Annual report of the Civil Veterinary Department, Bengal, for the year 1897-98 - 1897-1898
Year: 1897
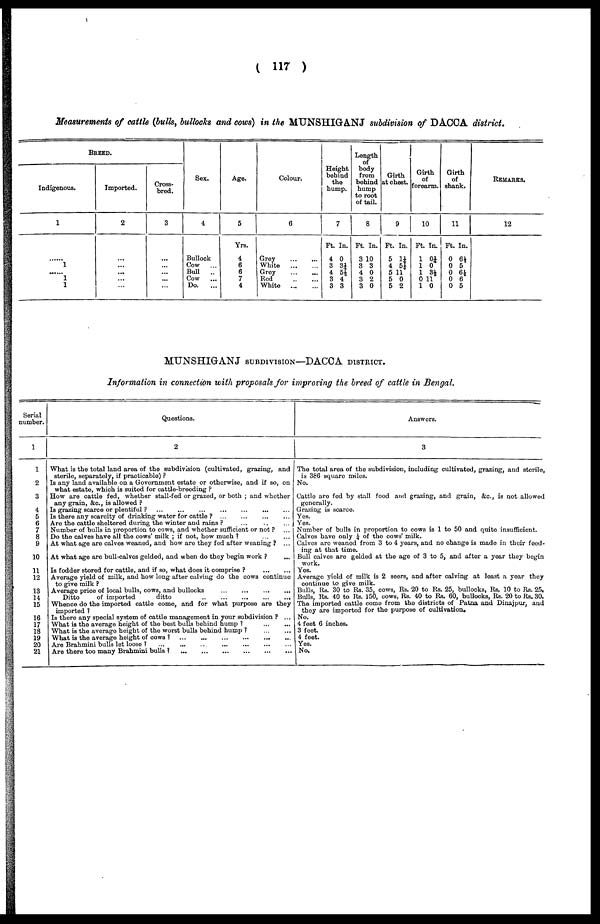
(117)
Measurements of cattle (bulls, bullocks and cows) in the MUNSHIGANJ subdivision of DACCA district.
BREED.
Indigenous.
1
......
1
......
1
1
Imported.
2
...
...
...
...
...
Cross-
bred.
3
...
...
...
...
...
Sex.
4
Bullock
Cow
...
Bull
...
Cow
...
Do. ...
Age.
5
Yrs.
4
6
6
7
4
Colour.
6
Grey ... ...
White
...
...
Grey
...
...
Red
...
...
White
...
...
Height
behind
the
hump.
7
Ft. In.
4 0
3 31/4
4 5½
3 4
3 3
Length
of
body
from
behind
hump
to root
of tail.
8
Ft. In.
3 10
3 3
4 0
3 2
3 0
Girth
at chest.
9
Ft. In.
5 11/4
4 5½
5 11
5 0
5 2
Girth
of
forearm.
10
Ft. In.
1 0½
1 0
1 3½
0 11
1 0
Girth
of
shank.
11
Ft. In.
0 6½
0 5
0 6½
0 6
0 5
REMARKS.
12
MUNSHIGANJ SUBDIVISION—DACCA DISTRICT.
Information in connection with proposals for improving the breed of cattle in Bengal.
Serial
number.
1
1
2
3
4
5
6
7
8
9
10
11
12
13
14
15
16
17
18
19
20
21
Questions.
2
What is the total land area of the subdivision (cultivated, grazing, and
sterile, separately, if practicable)?
Is any land available on a Government estate or otherwise, and if so, on
what estate, which is suited for cattle-breeding?
How are cattle fed, whether stall-fed or grazed, or both; and whether
any grain, &c., is allowed?
Is grazing scarce or plentiful?
...
...
...
...
...
...
...
Is there any scarcity of drinking water for cattle? ... ... ... ...
Are the cattle sheltered during the winter and rains? ... ... ...
Number of bulls in proportion to cows, and whether sufficient or not? ...
Do the calves have all the cows' milk; if not, how much? ... ...
At what age are calves weaned, and how are they fed after weaning? ...
At what age are bull-calvos gelded, and when do they begin work? ...
Is fodder stored for cattle, and if so, what does it comprise?
...
...
Average yield of milk, and how long after calving do the cows continue
to give milk?
Average price of local bulls, cows, and bullocks ... ... ... ...
Ditto
of imported
ditto
...
...
...
...
...
Whence do the imported cattle como, and for what purpose are they
imported?
Is there any special system of cattle management in your subdivision? ...
What is the average height of the best bulls behind hump?
...
...
What is the average height of the worst bulls behind hump?
...
...
What is the average height of cows?
...
...
...
...
...
...
Are Brahmini bulls lot loose?
...
...
...
...
...
...
Are there too many Brahmini bulls?
...
...
...
...
...
...
Answers.
3
The total area of the subdivision, including cultivated, grazing, and sterilo,
is 386 square miles.
No.
Cattle are fed by stall food and grazing, and grain, &c., is not allowed
generally.
Grazing is scarce.
Yes.
Yes.
Number of bulls in proportion to cows is 1 to 50 and quito insufficient.
Calves have only 1/4 of the cows' milk.
Calves are weaned from 3 to 4 years, and no change is made in their foed-
ing at that time.
Bull calves are golded at the age of 3 to 5, and after a year they begin
work.
Yes.
Average yield of milk is 2 seers, and after calving at least a year they
continue to give milk.
Bulls, Its. 30 to Its. 35, cows, Rs. 20 to Its. 25, bullocks, Rs. 10 to Its. 25.
Bulls, Rs. 40 to Its. 150, cows, Rs. 40 to Rs. 60, bullocks, Its. 20 to its. 30.
The imported cattle come from the districts of Patna and Dinajpur, and
they are imported for the purpose of cultivation.
No.
4 feet 6 inches.
3 feet.
4 feet.
Yes.
No.